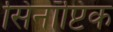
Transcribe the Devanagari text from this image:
सिनॉप्टिक